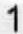
1